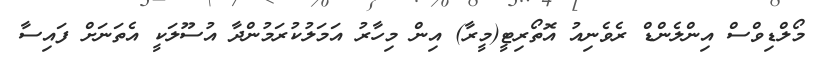
މޯލްޑިވްސް އިންލެންޑް ރެވެނިއު އޮތޯރިޓީ(މީރާ) އިން މިހާރު އަމަލުކުރަމުންދާ އުސޫލަކީ އެތަނަށް ފައިސާ